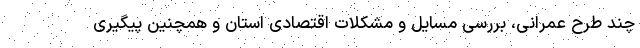
چند طرح عمرانی، بررسی مسایل و مشکلات اقتصادی استان و همچنین پیگیری